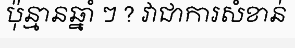
ប៉ុន្មានឆ្នាំ ៗ ? វាជាការសំខាន់